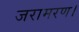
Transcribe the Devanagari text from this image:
जरामरण।